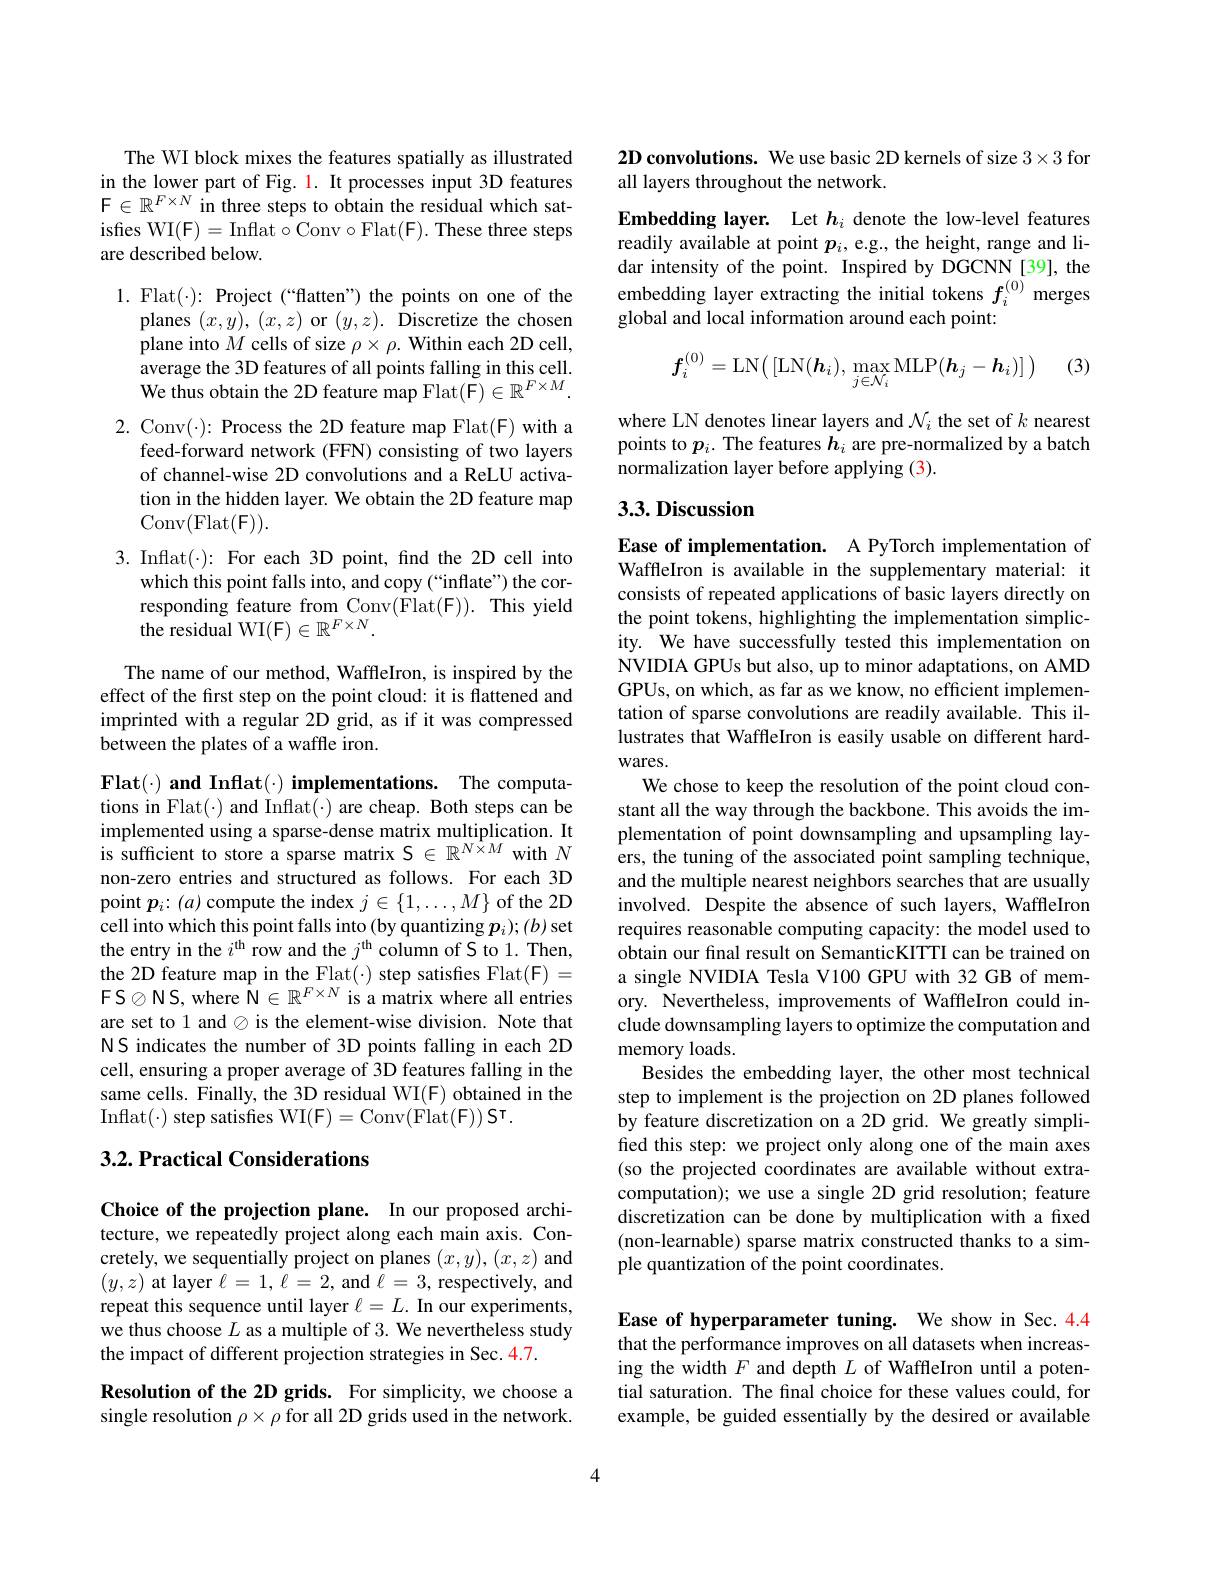
The WI block mixes the features spatially as illustrated in the lower part of Fig. 1. It processes input 3D features $\mathcal{F}\in\mathbb{R}^{F\times N}$in three steps to obtain the residual which satisfes WI(F)= Inflat$\circ$Conv$\circ$Flat(F). These three steps are described below.

1. Flat(·): Project (“flatten”) the points on one of the
planes $(x,y),(x,z)$or $( y, z) . \textbf{Discretize the chosen}$ plane into $M$ cells of size $\rho\times\rho.$ Within each 2D cell, average the 3D features of all points falling in this cell. We thus obtain the 2D feature map Flat$(\mathsf F)\in\mathbb{R}^F\times M.$
2. Conv$(\cdot)\colon$Process the 2D feature map Flat$(\mathsf{F})$ with a
feed-forward network (FFN) consisting of two layers of channel-wise 2D convolutions and a ReLU activation in the hidden layer. We obtain the 2D feature map $\operatorname{Conv}(\operatorname{Flat}(\mathsf{F})).$
$3.Inflat(\cdot): For each 3D point, fnd the 2D cell into$
which this point falls into, and copy (“inflate”) the corresponding feature from Conv$( \hat{F}$lat(F)). This yield the residual WI(F) $\in\mathbb{R}^F\times N.$

The name of our method, WaffleIron, is inspired by the effect of the frst step on the point cloud: it is flattened and imprinted with a regular 2D grid, as if it was compressed between the plates of a waffle iron.

$Flat(\cdot) and Inflat(\cdot) implementations. The computa-$ tions in Flat(·) and Inflat(·) are cheap. Both steps can be implemented using a sparse-dense matrix multiplication. It is sufficient to store a sparse matrix $\mathcal{S}\in\mathbb{R}^N\times M$ with $N$ non-zero entries and structured as follows. For each 3D point $\boldsymbol p_i{:}(a)$ compute the index $j\in\{1,\ldots,M\}$ of the 2D cell into which this point falls into (by quantizing $p_i);(b)$ set the entry in the $i^\mathrm{th}$ row and the $j^\mathrm{th}$ column of S to 1. Then, $\begin{array}{l}{\mathrm{the~2D~feature~map~in~the~Flat(\cdot)~step~satisfies~Flat(F)~=}}\\{\mathrm{FS\otimes NS,~where~N\in\mathbb{R}^{F\times N~is~a~matrix~where~all~entries}}}\end{array}$ are set to 1 and $\otimes$ is the element-wise division. Note that NS indicates the number of 3D points falling in each 2D cell, ensuring a proper average of 3D features falling in the same cells. Finally, the 3D residual WI(F) obtained in the $Inflat(\cdot) step satisfies WI(F)=Conv(Flat(F))ST.$

## $3. 2. \textbf{Practical Considerations}$

Choice of the projection plane. In our proposed architecture, we repeatedly project along each main axis. Concretely, we sequentially project on planes $(x,y),(x,z)$ and $(y,z)$ at layer $\ell=1,\ell=2$, and $\hat{\ell}=3$, respectively, and repeat this sequence until layer $\ell=L.$ In our experiments, we thus choose $L$ as a multiple of 3. We nevertheless study the impact of different projection strategies in Sec.4.7.

Resolution of the 2D grids. For simplicity, we choose a single resolution $\rho\times\rho$ for all 2D grids used in the network.

2D convolutions. We use basic 2D kernels of size $3\times3$ for
all layers throughout the network.

Embedding layer. Let $h_i$ denote the low-level features readily available at point $p_i$, e.g., the height, range and lidar intensity of the point. Inspired by DGCNN [39], the embedding layer extracting the initial tokens $f_i^{(0)}$ merges global and local information around each point:

(3)
$$f_i^{(0)}=\mathrm{LN}\big(\left[\mathrm{LN}(\boldsymbol{h}_i),\max_{j\in\mathcal{N}_i}\mathrm{MLP}(\boldsymbol{h}_j-\boldsymbol{h}_i)\right]\big)$$
where LN denotes linear layers and $\mathcal{N}_i$ the set of $k$ nearest points to $p_i.$ The features $h_i$ are pre-normalized by a batch normalization layer before applying (3).

# 3.3. Discussion

Ease of implementation. A PyTorch implementation of WaffleIron is available in the supplementary material: it consists of repeated applications of basic layers directly on the point tokens, highlighting the implementation simplicity. We have successfully tested this implementation on NVIDIA GPUs but also, up to minor adaptations, on AMD GPUs, on which, as far as we know, no efficient implementation of sparse convolutions are readily available. This illustrates that WaffleIron is easily usable on different hardwares.
We chose to keep the resolution of the point cloud constant all the way through the backbone. This avoids the implementation of point downsampling and upsampling layers, the tuning of the associated point sampling technique, and the multiple nearest neighbors searches that are usually involved. Despite the absence of such layers, WaffleIron requires reasonable computing capacity: the model used to obtain our final result on SemanticKITTI can be trained on a single NVIDIA Tesla V100 GPU with 32 GB of memory. Nevertheless, improvements of WaffleIron could include downsampling layers to optimize the computation and memory loads.
Besides the embedding layer, the other most technical step to implement is the projection on 2D planes followed by feature discretization on a 2D grid. We greatly simplified this step: we project only along one of the main axes (so the projected coordinates are available without extracomputation); we use a single 2D grid resolution; feature discretization can be done by multiplication with a fixed (non-learnable) sparse matrix constructed thanks to a simple quantization of the point coordinates.

Ease of hyperparameter tuning. We show in Sec.4.4 that the performance improves on all datasets when increasing the width $F$ and depth $L$ of WaffleIron until a potential saturation. The final choice for these values could, for example, be guided essentially by the desired or available

4